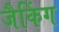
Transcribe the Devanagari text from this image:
जैकिंग